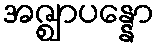
အဇ္ဈာပန္နော